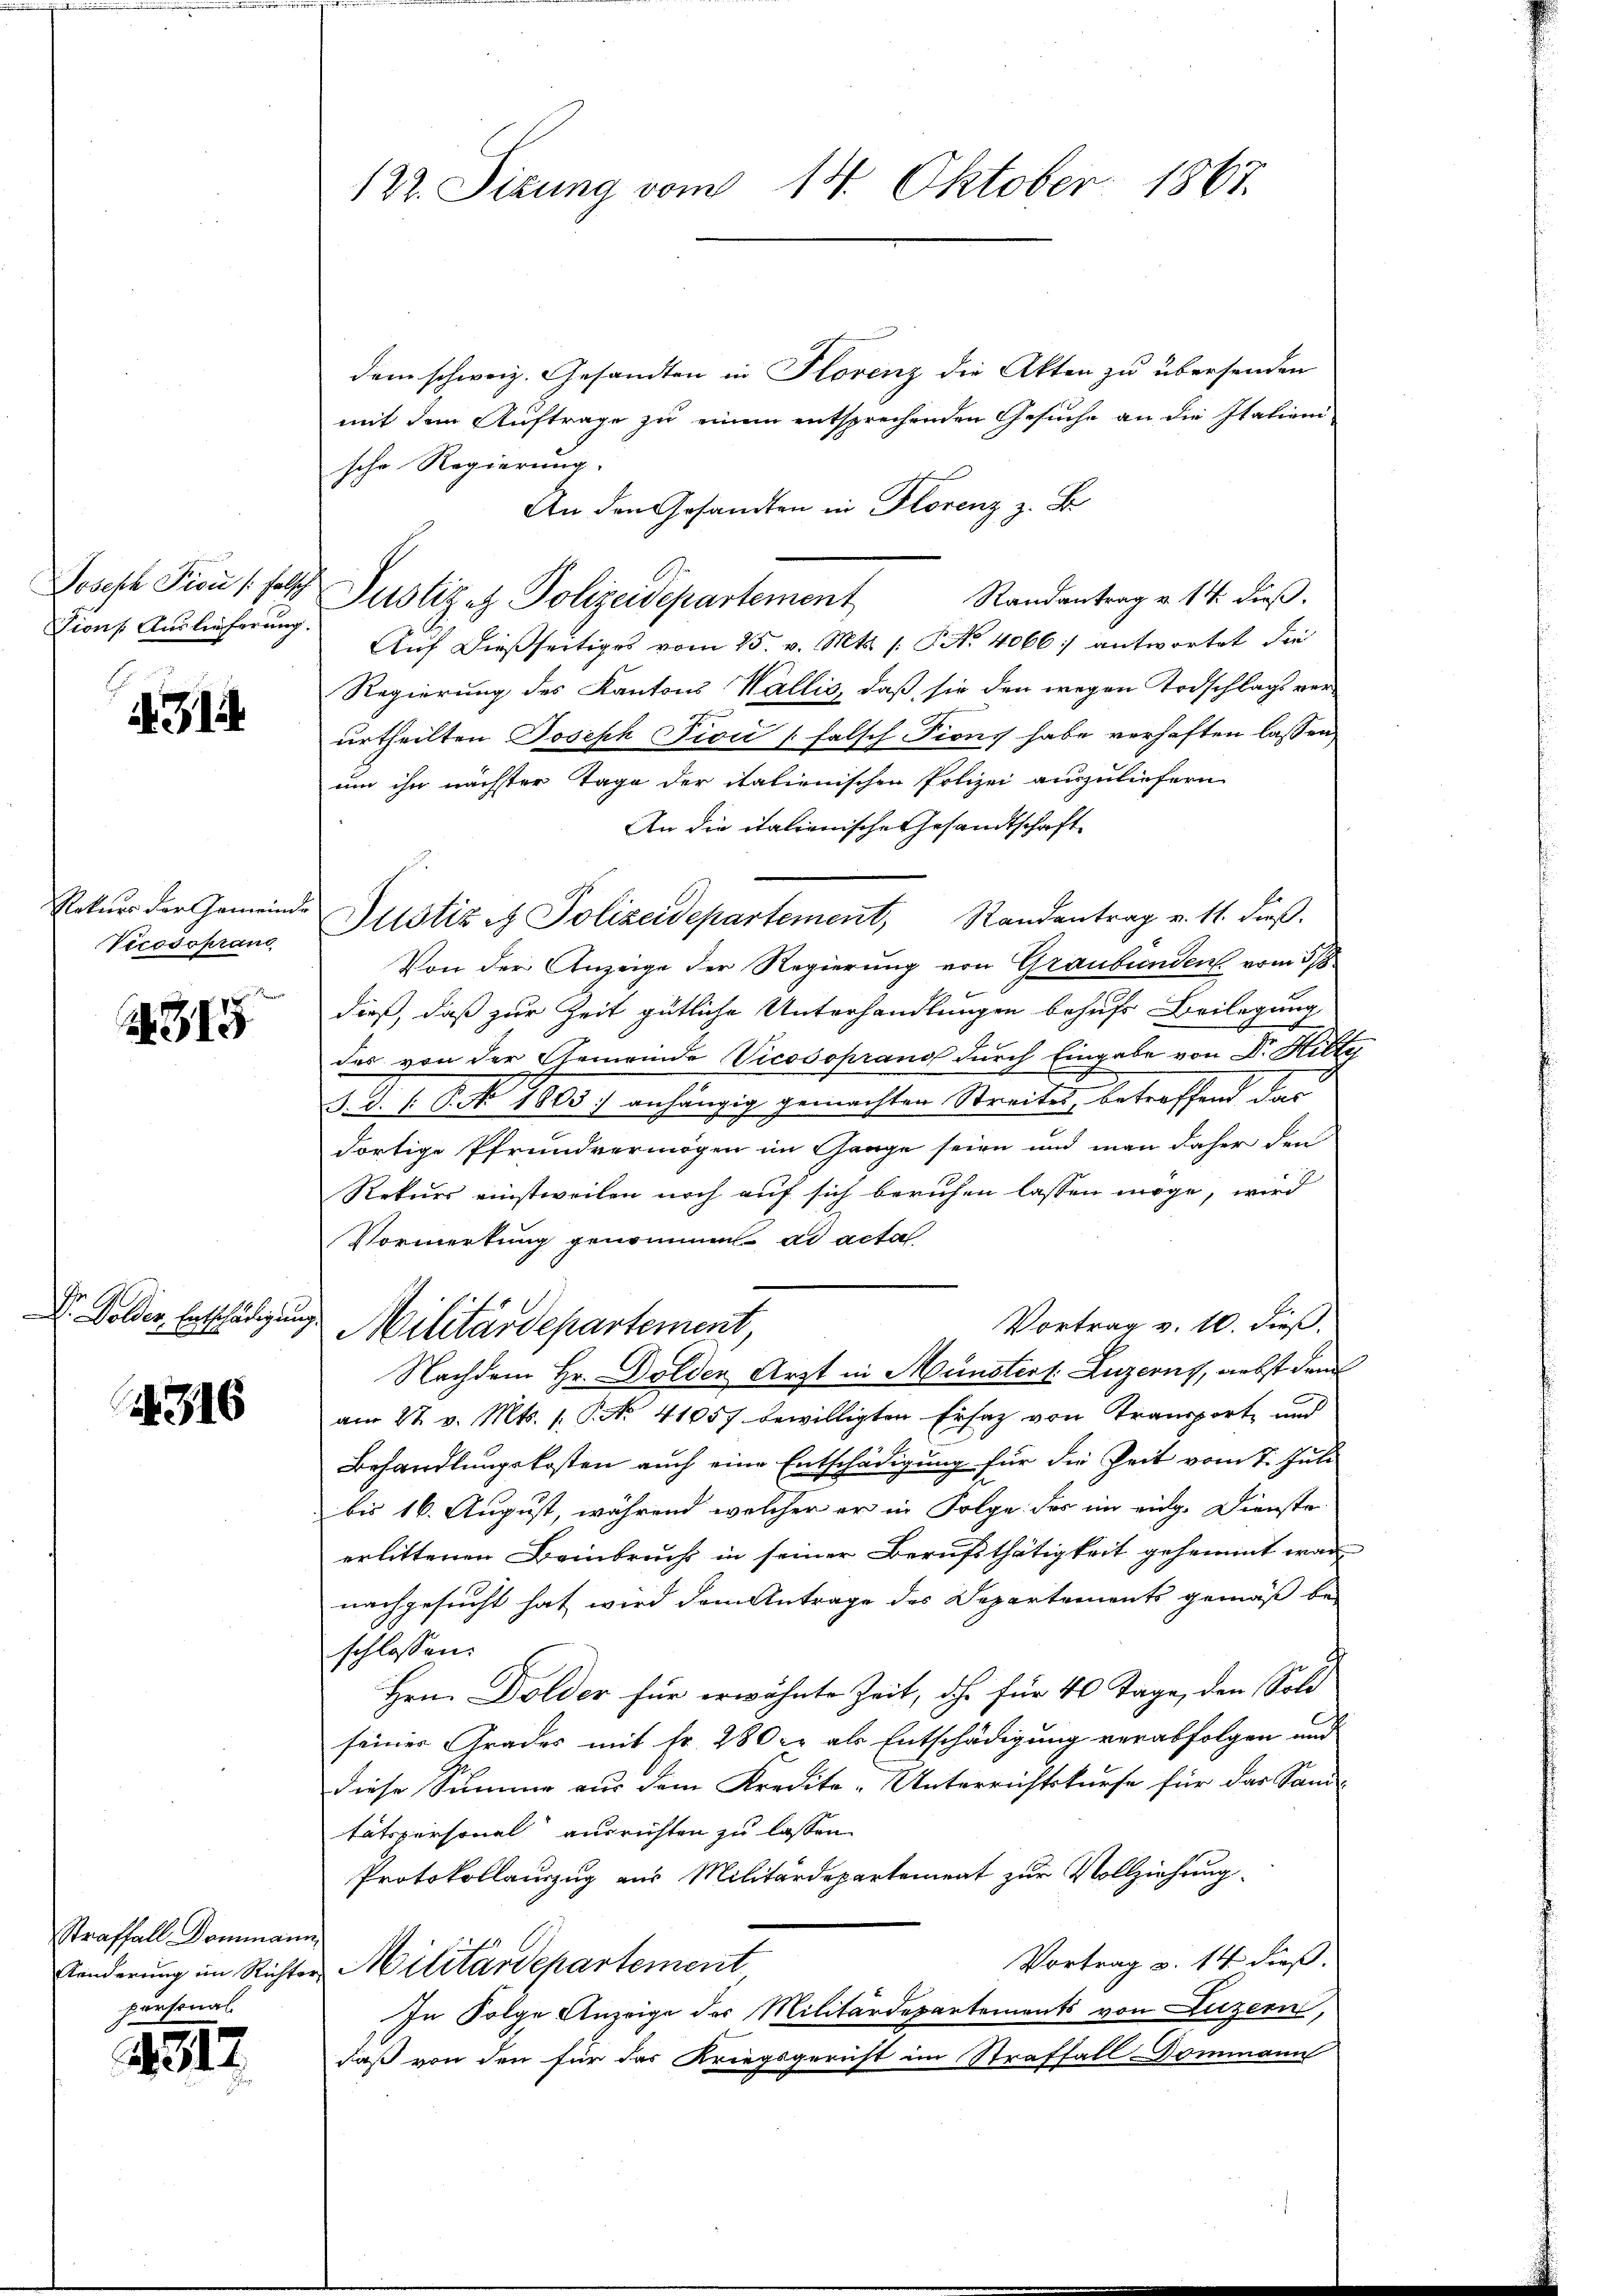
Tions Auslieferung.

s
314

Rekurs der Gemeinde
Vecosoprand

2315

Dr. Dolder Entschädigung.

316

Straffall Dommann,
personal.

4317.

dem schweiz. Gesandten in Florenz die Akten zu übersenden
mit dem Auftrage zu einem entsprechenden Gesuche an die Italieni
sche Regierung.
An den Gesandten in Florenz z. B.
Randantrag v. 14. dieß.
Auf dießseitiges vom 25. v. Mts. /: P. Nr. 4066 :/ antwortet der
Regierung des Kantons Wallis, daß sie den wegen Todschlags ver-
7
urtheilten Joseph Dicii (falsch Pions habe verhaften lassen,
um ihn nächster Tage der italienischen Polizei auszuliefern.
An die italienische Gesandtschaft
Pltstiz & Polizeidepartement, Randantrag v. 11. dieß.
Von der Anzeige der Regierung von Graubünden vom 3/8
dieß, daß zur Zeit gütliche Unterhandlungen behufs Beilegung
des von der Gemeinde Vicosoprand durch Eingabe von Dr. Hilte
J. D. P. P. No 1005. anhängig gemachten Streites, betreffend das
dortige Pfrundvermögen im Gange seien und man daher den
Rekurs einstweilen noch auf sich beruhen lassen möge, wird
Vormerkung genommet ad acta
Vortrag v. 10. dieß.
Militärdepartement
Nachdem Hr. Dolden Arzt in Münsters. Luzerns, nebst dem
am 27. v. Mts. 1. P. No 41057 bewilligten Ersatz von Transport und
Behandlungskosten auch eine Entschädigung für die Zeit vom 7. Juli
bis 16. August, während welcher er in Folge des im eidg. Dienste
erlittenen Beinbrucht in seiner Berufsthätigkeit gehemmt war
nachgesucht hat wird dem Antrage des Departements gemäß be
schlossen:
Hrn. Dolder für erwähnte Zeit, oh für 40 Tage, den Sold
seiner Grades mit Fr. 280 er als Entschädigung verabfolgen und
diese Summe aus dem Kredite-Unterrichtskurse für das Sand-
tätspersonal ausrichten zu lassen.
Protokollauszug aus Militärdepartement zur Vollziehung.
Vortrag v. 14 dieß.
Känderung im Richter Militärdepartement
In Folge Anzeige des Militärdepartements von Luzern,
daß von den für das Kriegsgericht im Straffall Dommann

122. Sizung vom 14. Oktober 1867.

Joseph Pion, selbe Justiz et Polizeidepartement